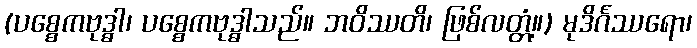
(ပစ္စေကဗုဒ္ဓါ၊ ပစ္စေကဗုဒ္ဓါသည်။ ဘဝိဿတိ၊ ဖြစ်လတ္တံ့။) မုဒိင်္ဂဿရော၊